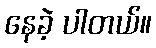
နေခဲ့ ပါတယ်။